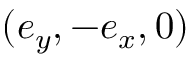
( \boldsymbol { e } _ { y } , - \boldsymbol { e } _ { x } , 0 )